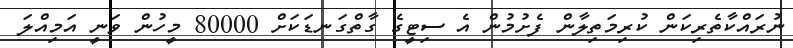
ނުރައްކާތެރިކަން ކުރިމަތިލާން ފެށުމުން އެ ސިޓީގެ ގާތްގަނޑަކަށް 80000 މީހުން ވަނީ އަމިއްލަ